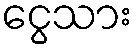
ငွေသား